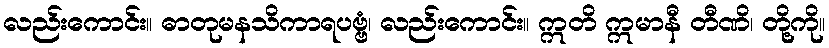
လည်းကောင်း။ ဓာတုမနသိကာရပဗ္ဗံ၊ လည်းကောင်း။ ဣတိ ဣမာနီ တီဏိ၊ တို့ကို။